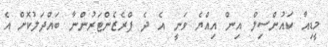
މީޑިއާ ކައުންސިލް އިން އިއްޔެ ވަނީ އެ ދެ ޕްރެޒެންޓަރުންނާ ބައްދަލުކޮށް އެ